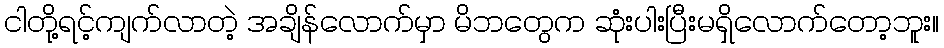
ငါတို့ရင့်ကျက်လာတဲ့ အချိန်လောက်မှာ မိဘတွေက ဆုံးပါးပြီးမရှိလောက်တော့ဘူး။